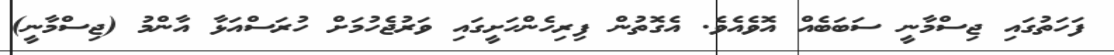
ފަހަތުގައި ޖިސްމާނީ ސަބަބެއް އޮވެއެވެ. އެގޮތުން ފިރިހެންހަށީގައި ވަރުޖެހުމަށް ހުރަސްއަޅާ އާންމު (ޖިސްމާނީ)